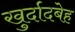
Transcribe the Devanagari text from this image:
खुर्दादबेह